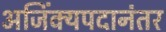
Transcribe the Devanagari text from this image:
अजिंक्यपदानंतर